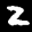
Label: 2